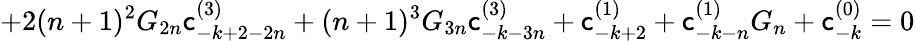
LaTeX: +2(n+1)^{2}G_{2n}\mathsf{c}_{-k+2-2n}^{(3)}+(n+1)^{3}G_{3n}\mathsf{c}_{-k-3n}^{(3)}+\mathsf{c}_{-k+2}^{(1)}+\mathsf{c}_{-k-n}^{(1)}G_{n}+\mathsf{c}_{-k}^{(0)}=0